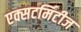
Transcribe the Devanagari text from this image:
एक्सटर्मिटीज